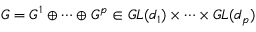
G = G ^ { 1 } \oplus \cdots \oplus G ^ { p } \in G L ( d _ { 1 } ) \times \cdots \times G L ( d _ { p } )